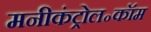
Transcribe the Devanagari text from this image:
मनीकंट्रोल॰कॉम